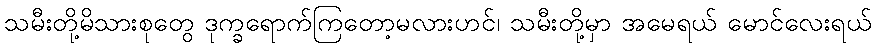
သမီးတို့မိသားစုတွေ ဒုက္ခရောက်ကြတော့မလားဟင်၊ သမီးတို့မှာ အမေရယ် မောင်လေးရယ်